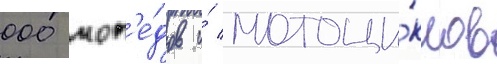
000 моп'е́дов и́ мотоци́клов